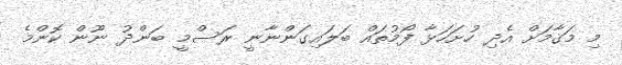
މި މަޤާމަށް އެދި ހުށަހަޅާ ފޯމުތައް ބަލައިގަންނާނީ ރަސްމީ ބަންދު ނޫން ކޮންމެ